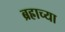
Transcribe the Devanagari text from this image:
ब्रह्राच्या